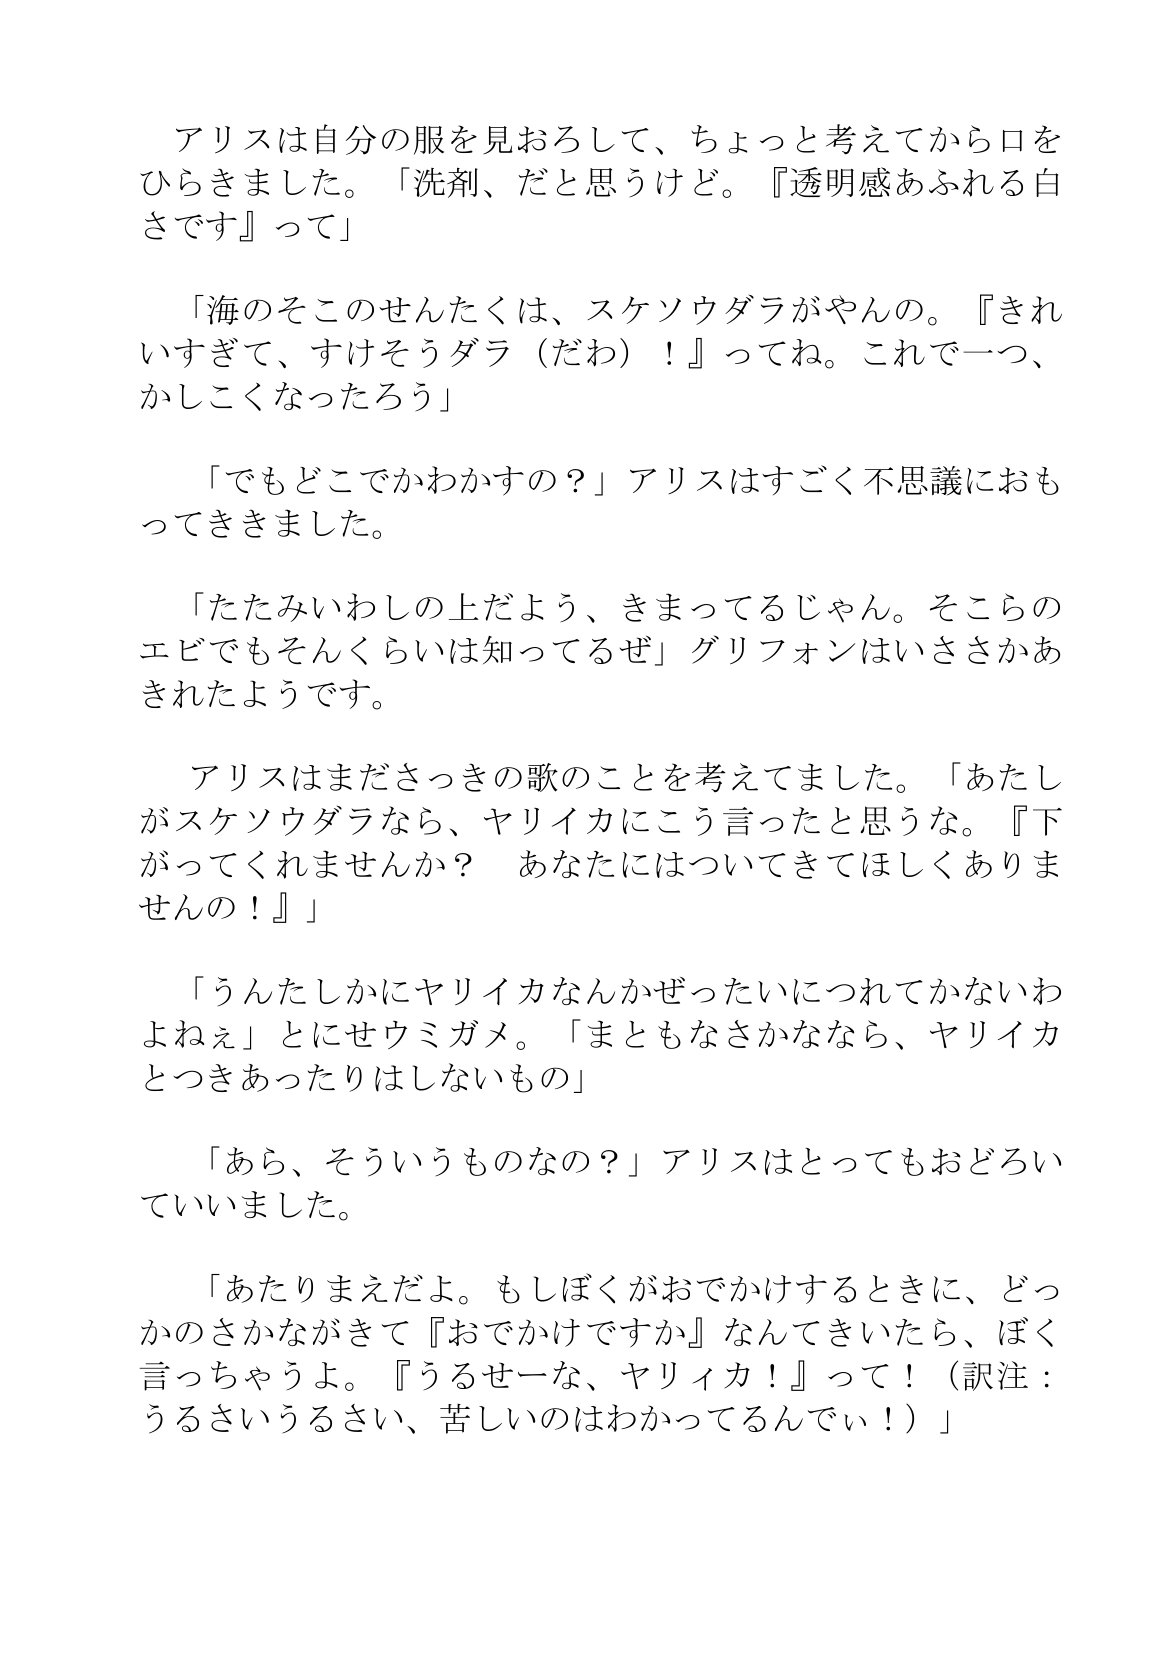
Language: ja